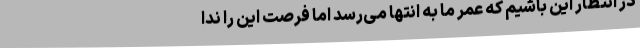
در انتظار این باشیم که عمر ما به انتها می‌رسد اما فرصت این را ندا